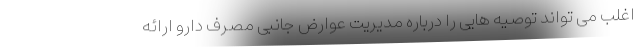
اغلب می تواند توصیه هایی را درباره مدیریت عوارض جانبی مصرف دارو ارائه